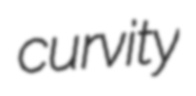
curvity